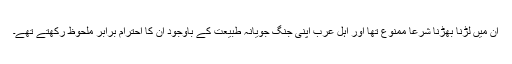
ان میں لڑنا بھڑنا شرعاً ممنوع تھا اور اہل عرب اپنی جنگ جویانہ طبیعت کے باوجود ان کا احترام برابر ملحوظ رکھتے تھے۔